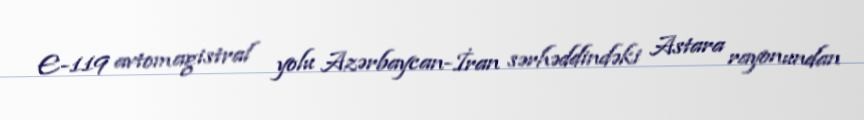
E-119 avtomagistral yolu Azərbaycan-İran sərhəddindəki Astara rayonundan